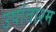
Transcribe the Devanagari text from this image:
उपांताश्म